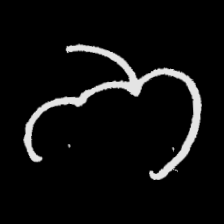
Pyu character \u2014 Myanmar letter: ဘ (romanized: bha)